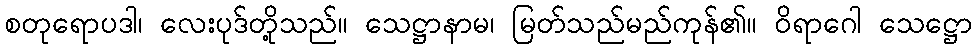
စတုရောပဒါ၊ လေးပုဒ်တို့သည်။ သေဋ္ဌာနာမ၊ မြတ်သည်မည်ကုန်၏။ ဝိရာဂေါ သေဋ္ဌော